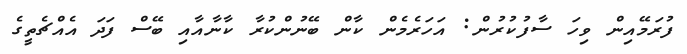
ފުރަމޭއިން ވިހަ ސާފުކުރުން: އަހަރެމެން ކާން ބޭނުންކުރާ ކާނާއާއި ބޭސް ފަދަ އެއްޗެތީގެ